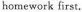
homework first.